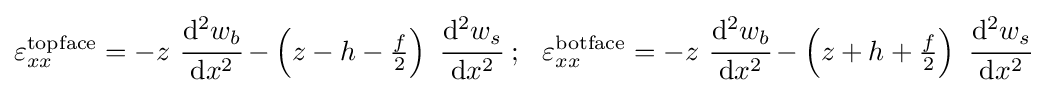
\varepsilon _{xx}^{\mathrm {topface} }=-z~{\cfrac {\mathrm {d} ^{2}w_{b}}{\mathrm {d} x^{2}}}-\left(z-h-{\tfrac {f}{2}}\right)~{\cfrac {\mathrm {d} ^{2}w_{s}}{\mathrm {d} x^{2}}}~;~~\varepsilon _{xx}^{\mathrm {botface} }=-z~{\cfrac {\mathrm {d} ^{2}w_{b}}{\mathrm {d} x^{2}}}-\left(z+h+{\tfrac {f}{2}}\right)~{\cfrac {\mathrm {d} ^{2}w_{s}}{\mathrm {d} x^{2}}}